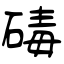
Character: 碡